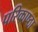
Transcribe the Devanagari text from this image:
परिकाष्ठा